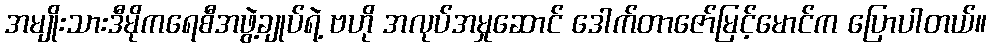
အမျိုးသားဒီမိုကရေစီအဖွဲ့ချုပ်ရဲ့ ဗဟို အလုပ်အမှုဆောင် ဒေါက်တာဇော်မြင့်မောင်က ပြောပါတယ်။